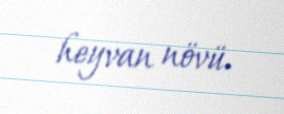
heyvan növü.